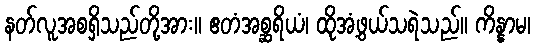
နတ်လူအစရှိသည်တို့အား။ ဧတံအစ္ဆရိယံ၊ ထိုအံ့ဖွယ်သရဲသည်။ ကိန္နာမ၊